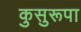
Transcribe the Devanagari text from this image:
कुसुरूपा